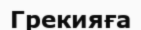
Грекияға